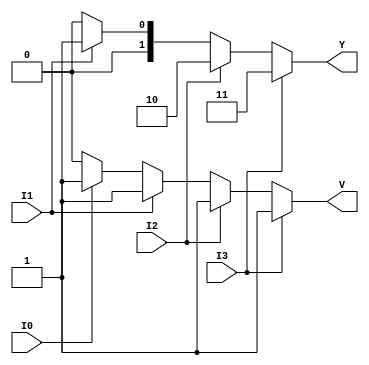
module priority_encoder_4_to_2 (
    input wire I3,
    input wire I2,
    input wire I1,
    input wire I0,
    output reg [1:0] Y,  // 2-bit output
    output reg V         // Valid output
);

    always @(*) begin
        // Default values
        Y = 2'b00;
        V = 1'b0;

        // Check inputs in priority order
        if (I3) begin
            Y = 2'b11; // I3 is active
            V = 1'b1;  // At least one input is active
        end else if (I2) begin
            Y = 2'b10; // I2 is active
            V = 1'b1;  // At least one input is active
        end else if (I1) begin
            Y = 2'b01; // I1 is active
            V = 1'b1;  // At least one input is active
        end else if (I0) begin
            Y = 2'b00; // I0 is active
            V = 1'b1;  // At least one input is active
        end
        // If all inputs are inactive, Y and V remain as initialized
    end

endmodule